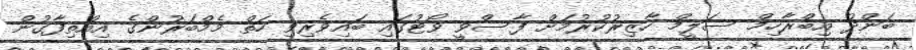
ބަންދު އިބްރާހިމް ސަލީމް ހާޒިރުކުރުމަށް ފާސްވީ ވޯޓުގައި ބައިވެރިވި ހަތް މެމްބަރުންގެ އިއްތިފާގުން